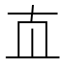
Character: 𰅰